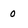
Character: 0